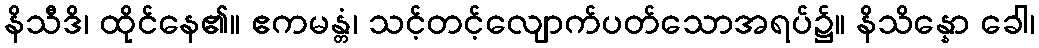
နိသီဒိ၊ ထိုင်နေ၏။ ဧကမန္တံ၊ သင့်တင့်လျောက်ပတ်သောအရပ်၌။ နိသိန္နော ခေါ၊